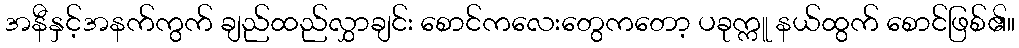
အနီနှင့်အနက်ကွက် ချည်ထည်လွှာချင်း စောင်ကလေးတွေကတော့ ပခုက္ကူ နယ်ထွက် စောင်ဖြစ်၏။